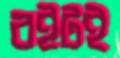
বইটই